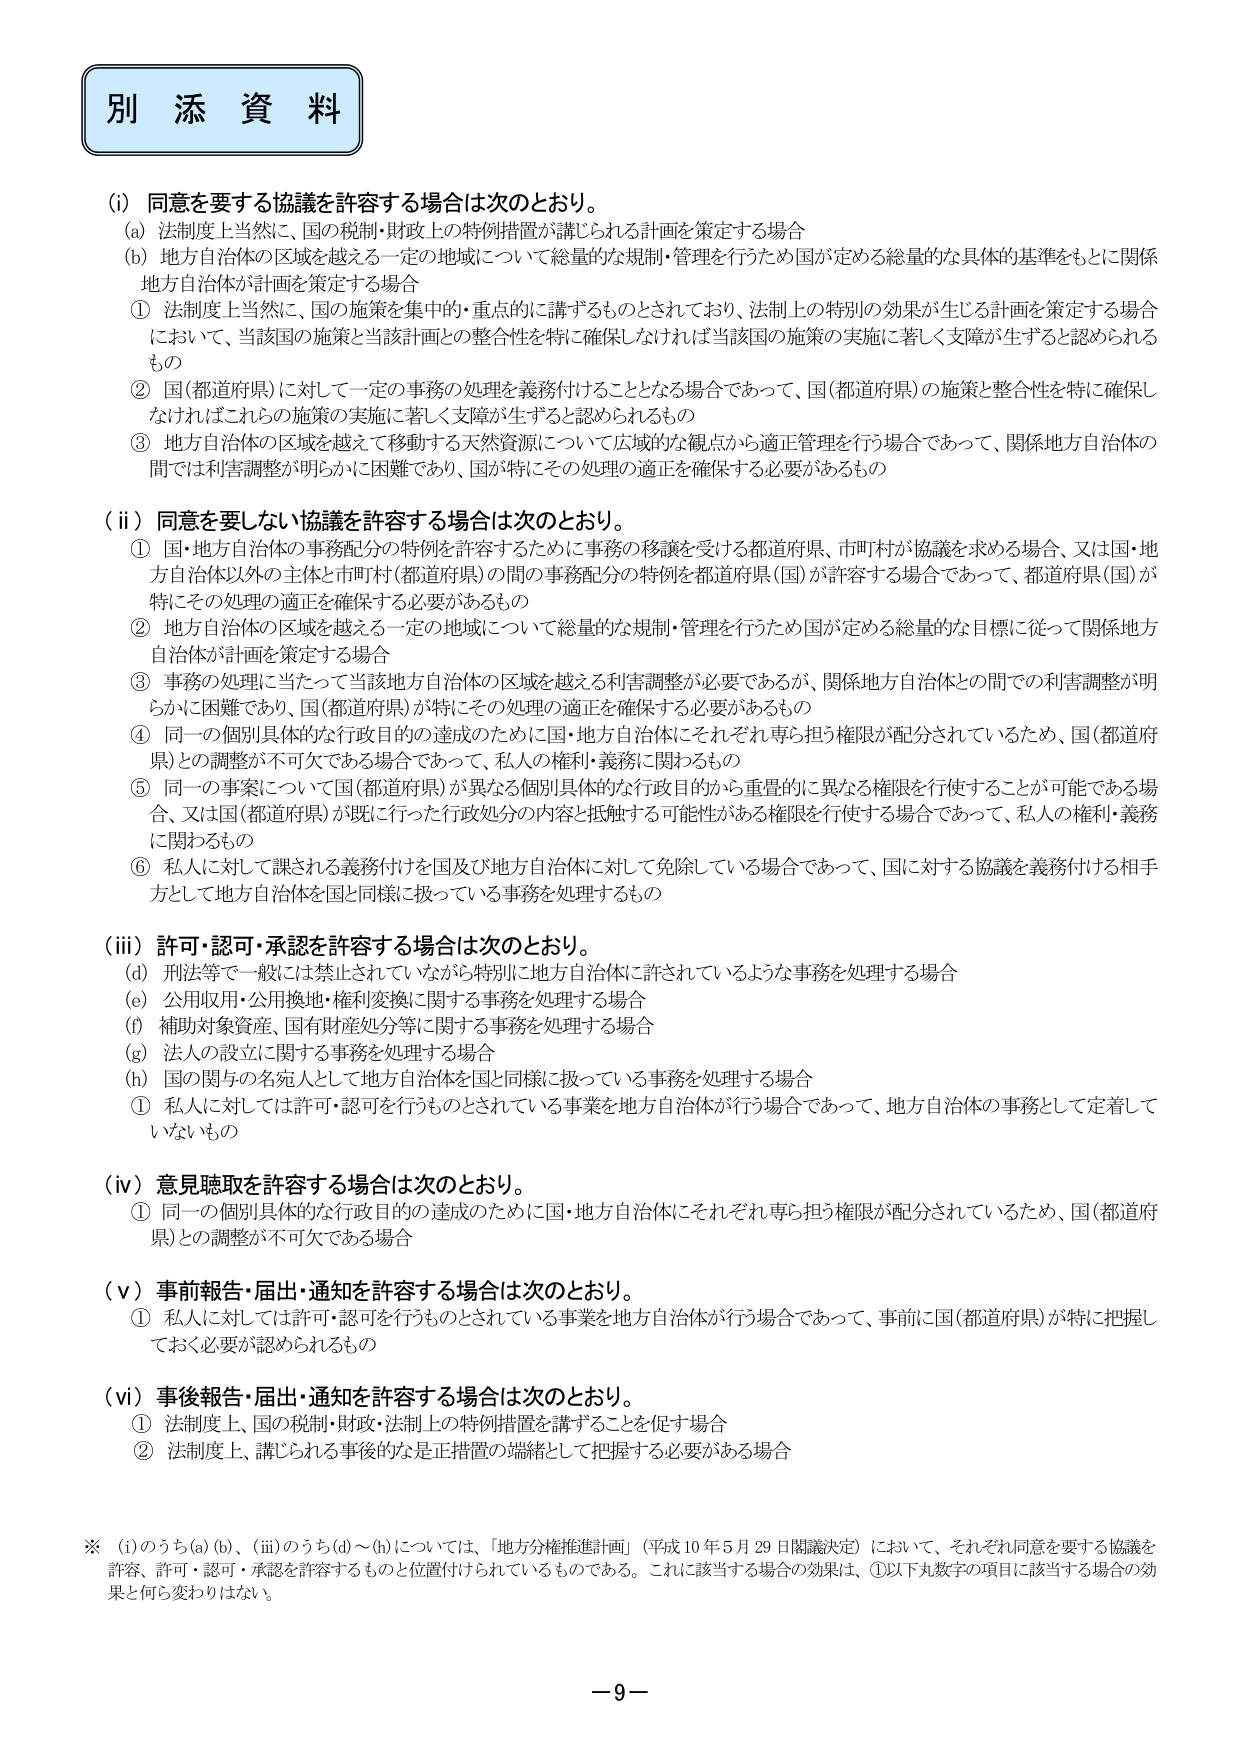
別 添 資 料

(i) 同意を要する協議を許容する場合は次のとおり。
(a) 法制度上当然に、国の税制・財政上の特例措置が講じられる計画を策定する場合
(b) 地方自治体の区域を越える一定の地域について総量的な規制・管理を行うため国が定める総量的な具体的基準をもとに関係地方自治体が計画を策定する場合
① 法制度上当然に、国の施策を集中的・重点的に講ずるものとされており、法制上の特別の効果が生じる計画を策定する場合において、当該国の施策と当該計画との整合性を特に確保しなければ当該国の施策の実施に著しく支障が生ずると認められるもの
② 国(都道府県)に対して一定の事務の処理を義務付けることとなる場合であって、国(都道府県)の施策と整合性を特に確保しなければこれらの施策の実施に著しく支障が生ずると認められるもの
③ 地方自治体の区域を越えて移動する天然資源について広域的な観点から適正管理を行う場合であって、関係地方自治体の間では利害調整が明らかに困難であり、国が特にその処理の適正を確保する必要があるもの

(ii) 同意を要しない協議を許容する場合は次のとおり。
① 国・地方自治体の事務配分の特例を許容するために事務の移譲を受ける都道府県、市町村が協議を求める場合、又は国・地方自治体以外の主体と市町村(都道府県)の間の事務配分の特例を都道府県(国)が許容する場合であって、都道府県(国)が特にその処理の適正を確保する必要があるもの
② 地方自治体の区域を越える一定の地域について総量的な規制・管理を行うため国が定める総量的な目標に従って関係地方自治体が計画を策定する場合
③ 事務の処理に当たって当該地方自治体の区域を越える利害調整が必要であるが、関係地方自治体との間での利害調整が明らかに困難であり、国(都道府県)が特にその処理の適正を確保する必要があるもの
④ 同一の個別具体的な行政目的の達成のために国・地方自治体にそれぞれ専ら担う権限が配分されているため、国(都道府県)との調整が不可欠である場合であって、私人の権利・義務に関わるもの
⑤ 同一の事案について国(都道府県)が異なる個別具体的な行政目的から重畳的に異なる権限を行使することが可能である場合、又は国(都道府県)が既に行った行政処分の内容と抵触する可能性がある権限を行使する場合であって、私人の権利・義務に関わるもの
⑥ 私人に対して課される義務付けを国及び地方自治体に対して免除している場合であって、国に対する協議を義務付ける相手方として地方自治体を国と同様に扱っている事務を処理するもの

(iii) 許可・認可・承認を許容する場合は次のとおり。
(d) 刑法等で一般には禁止されていながら特別に地方自治体に許されているような事務を処理する場合
(e) 公用収用・公用換地・権利変換に関する事務を処理する場合
(f) 補助対象資産、国有財産処分等に関する事務を処理する場合
(g) 法人の設立に関する事務を処理する場合
(h) 国の関与の名宛人として地方自治体を国と同様に扱っている事務を処理する場合
① 私人に対しては許可・認可を行うものとされている事業を地方自治体が行う場合であって、地方自治体の事務として定着していないもの

(iv) 意見聴取を許容する場合は次のとおり。
① 同一の個別具体的な行政目的の達成のために国・地方自治体にそれぞれ専ら担う権限が配分されているため、国(都道府県)との調整が不可欠である場合

(v) 事前報告・届出・通知を許容する場合は次のとおり。
① 私人に対しては許可・認可を行うものとされている事業を地方自治体が行う場合であって、事前に国(都道府県)が特に把握しておく必要が認められるもの

(vi) 事後報告・届出・通知を許容する場合は次のとおり。
① 法制度上、国の税制・財政・法制上の特例措置を講ずることを促す場合
② 法制度上、講じられる事後的な是正措置の端緒として把握する必要がある場合

※ (i)のうち(a)(b)、(iii)のうち(d)～(h)については、「地方分権推進計画」（平成10年5月29日閣議決定）において、それぞれ同意を要する協議を許容、許可・認可・承認を許容するものと位置付けられているものである。これに該当する場合の効果は、①以下丸数字の項目に該当する場合の効果と何ら変わりはない。

－9－